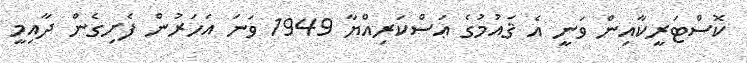
ކޮސްޓަރީކާއިން ވަނީ އެ ޤައުމުގެ ޢަސްކަރިއްޔާ 1949 ވަނަ އަހަރުން ފެށިގެން ދާއިމީ